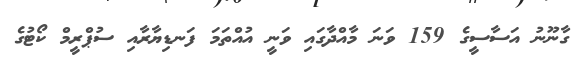
ގާނޫނު އަސާސީގެ 159 ވަނަ މާއްދާގައި ވަނީ އުއްތަމަ ފަނޑިޔާރާއި ސުޕްރީމް ކޯޓުގެ